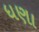
ધણા